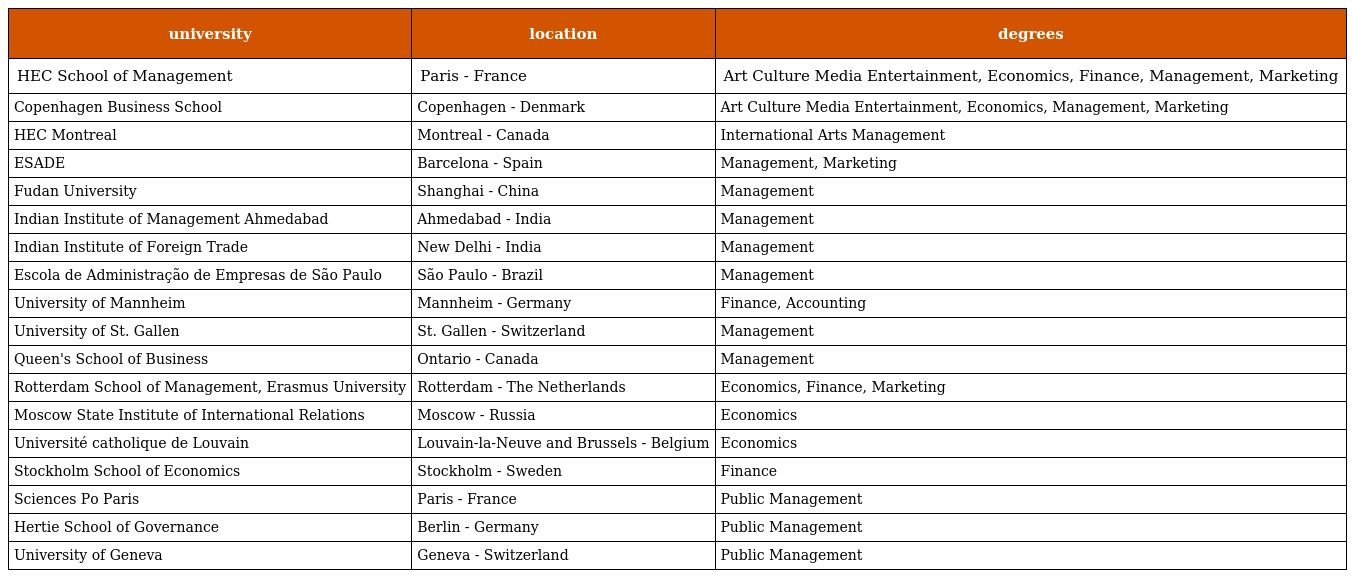
| university | location | degrees |
 | --- | --- | --- |
 | HEC School of Management | Paris - France | Art Culture Media Entertainment, Economics, Finance, Management, Marketing |
 | Copenhagen Business School | Copenhagen - Denmark | Art Culture Media Entertainment, Economics, Management, Marketing |
 | HEC Montreal | Montreal - Canada | International Arts Management |
 | ESADE | Barcelona - Spain | Management, Marketing |
 | Fudan University | Shanghai - China | Management |
 | Indian Institute of Management Ahmedabad | Ahmedabad - India | Management |
 | Indian Institute of Foreign Trade | New Delhi - India | Management |
 | Escola de Administração de Empresas de São Paulo | São Paulo - Brazil | Management |
 | University of Mannheim | Mannheim - Germany | Finance, Accounting |
 | University of St. Gallen | St. Gallen - Switzerland | Management |
 | Queen's School of Business | Ontario - Canada | Management |
 | Rotterdam School of Management, Erasmus University | Rotterdam - The Netherlands | Economics, Finance, Marketing |
 | Moscow State Institute of International Relations | Moscow - Russia | Economics |
 | Université catholique de Louvain | Louvain-la-Neuve and Brussels - Belgium | Economics |
 | Stockholm School of Economics | Stockholm - Sweden | Finance |
 | Sciences Po Paris | Paris - France | Public Management |
 | Hertie School of Governance | Berlin - Germany | Public Management |
 | University of Geneva | Geneva - Switzerland | Public Management |